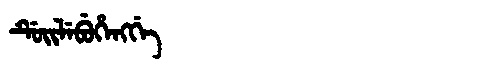
Manchu: ᡩᡠᡳᠯᡝᠪᡠᡥᡝᠩᡤᡝ
Romanization: DUILEBUHENGGE